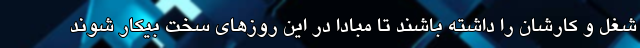
شغل‌ و کارشان را داشته باشند تا مبادا در این روزهای سخت بیکار شوند